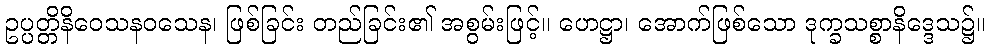
ဥပ္ပတ္တိနိဝေသနဝသေန၊ ဖြစ်ခြင်း တည်ခြင်း၏ အစွမ်းဖြင့်။ ဟေဋ္ဌာ၊ အောက်ဖြစ်သော ဒုက္ခသစ္စာနိဒ္ဒေသ၌။